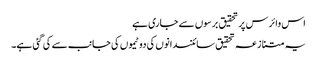
اس وائرس پر تحقیق برسوں سے جاری ہے
یہ متنازعہ تحقیق سائنسدانوں کی دو ٹیموں کی جانب سے کی گئی ہے۔